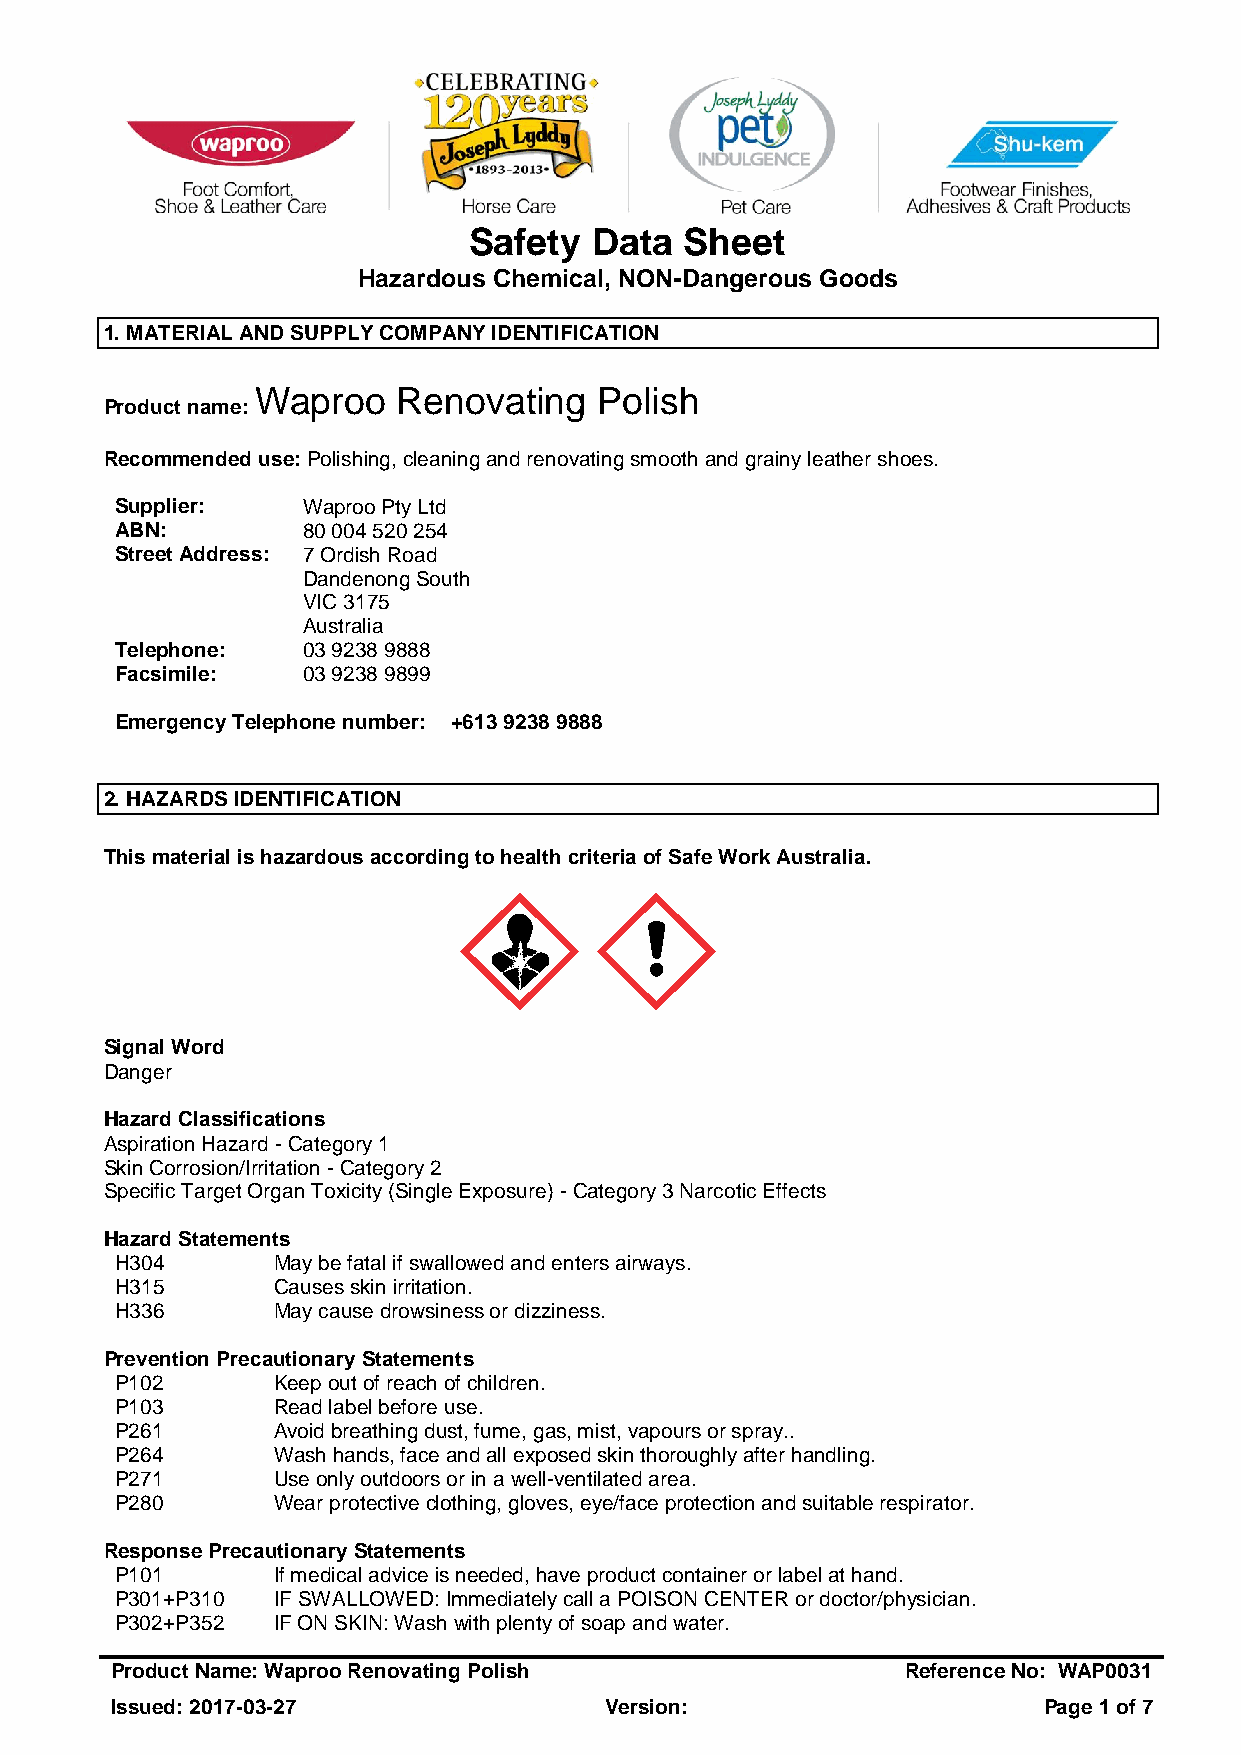
Safety  Data  Sheet
 Hazardous Chemical, NON-Dangerous Goods
 1. MATERIAL AND SUPPLY COMPANY IDENTIFICATION
 Waproo   Renovating    Polish
 Product name:
 Recommended use: Polishing, cleaning and renovating smooth and grainy leather shoes.
 Supplier:   Waproo Pty Ltd
 ABN:        80 004 520 254
 Street Address: 7 Ordish Road
 Dandenong South
 VIC 3175
 Australia
 Telephone:  03 9238 9888
 Facsimile:  03 9238 9899
 Emergency Telephone number: +613 9238 9888
 2. HAZARDS IDENTIFICATION
 This material is hazardous according to health criteria of Safe Work Australia.
 Signal Word
 Danger
 Hazard Classifications
 Aspiration Hazard - Category 1
 Skin Corrosion/Irritation - Category 2
 Specific Target Organ Toxicity (Single Exposure) - Category 3 Narcotic Effects
 Hazard Statements
 H304      May be fatal if swallowed and enters airways.
 H315      Causes skin irritation.
 H336      May cause drowsiness or dizziness.
 Prevention Precautionary Statements
 P102      Keep out of reach of children.
 P103      Read label before use.
 P261      Avoid breathing dust, fume, gas, mist, vapours or spray..
 P264      Wash hands, face and all exposed skin thoroughly after handling.
 P271      Use only outdoors or in a well-ventilated area.
 P280      Wear protective clothing, gloves, eye/face protection and suitable respirator.
 Response Precautionary Statements
 P101      If medical advice is needed, have product container or label at hand.
 P301+P310 IF SWALLOWED: Immediately call a POISON CENTER or doctor/physician.
 P302+P352 IF ON SKIN: Wash with plenty of soap and water.
 Product Name: Waproo Renovating Polish               Reference No: WAP0031
 Issued: 2017-03-27               Version:                     Page 1 of 7